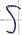
Text: S